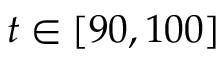
t \in [ 9 0 , 1 0 0 ]